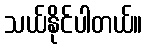
သယ်နိုင်ပါတယ်။